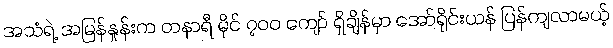
အသံရဲ့ အမြန်နှုန်းက တနာရီ မိုင် ၇၀၀ ကျော် ရှိချိန်မှာ အော်ရိုင်းယန် ပြန်ကျလာမယ့်